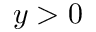
y > 0